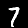
Digit: 7